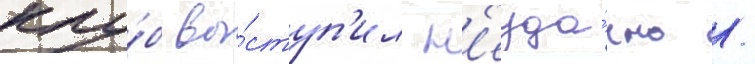
клу́б вы́ступ'ил н'еуда́чно /